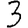
Digit: 3